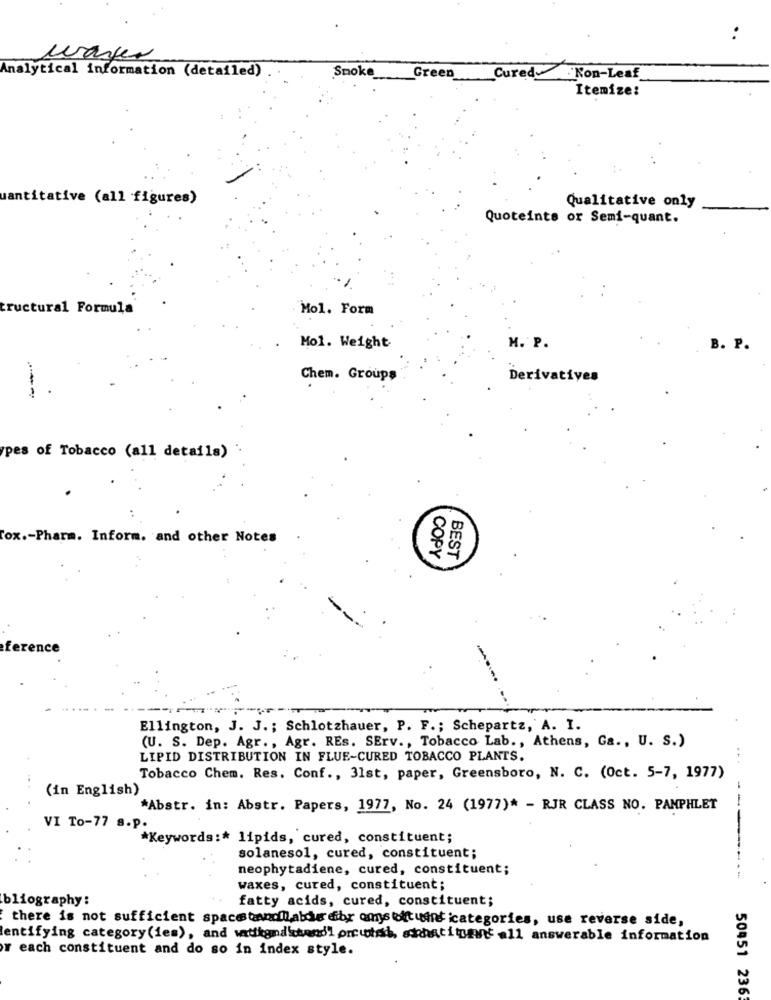
:
wasser
Analytical information (detailed)
Snoke
Green
Cured Kon-Leaf
Itemize:
uantitative (all figures)
Qualitative only
Quoteinte or Semi-quant.
tructural Formula
Mol. Form
Mol. Weight
M. P.
B. E
Chem. Groups
Derivatives
pes of Tobacco (all details)
fox .- Pharm. Inform. and other Notes
COPY
BEST
ferenc
Ellington, J. J .; Schlotzhauer, P. F .; Schepartz, A. I.
(U. S. Dep. Agr ., Agr. REs. SErv ., Tobacco Lab ., Athens, Ga ., U. S.)
LIPID DISTRIBUTION IN FLUE-CURED TOBACCO PLANTS.
Tobacco Chem. Res. Conf ., 31st, paper, Greensboro, N. C. (Oct. 5-7, 1977)
(in English)
*Abstr. in: Abstr. Papers, 1977, No. 24 (1977)* - RJR CLASS NO. PAMPHLET
VI To-77 8.P.
*Keywords :* lipids, cured, constituent;
solanesol, cured, constituent;
neophytadiene, cured, constituent;
-----
waxes, cured, constituent;
bliography:
fatty acids, cured, constituent;
there is not sufficient spacestarflatdie dibr onys bit une categories, use reverse side,
entifying category(ies), and watikgnaksend1 orcuteh, sohatitand all answerable information
Y each constituent and do so in index style.
50451 236